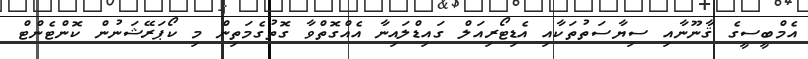
އެމްބީސީގެ ޤާނޫނާއި ސިޔާސަތުތަކާއި އެޑިޓޯރިއަލް ގައިޑްލައިނާ އެއްގޮތްވާ ގޮތުގެމަތިން މި ކޯޕަރޭޝަނުން ކޮންޓެންޓް